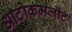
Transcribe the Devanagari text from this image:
आटोकम्प्लीट